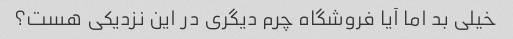
خیلی بد اما آیا فروشگاه چرم دیگری در این نزدیکی هست؟